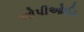
ઓપીઓઈડ